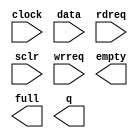
module FIFO_ADC (
	clock,
	data,
	rdreq,
	sclr,
	wrreq,
	empty,
	full,
	q);

	input	  clock;
	input	[15:0]  data;
	input	  rdreq;
	input	  sclr;
	input	  wrreq;
	output	  empty;
	output	  full;
	output	[15:0]  q;

endmodule